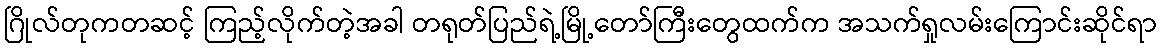
ဂြိုလ်တုကတဆင့် ကြည့်လိုက်တဲ့အခါ တရုတ်ပြည်ရဲ့မြို့တော်ကြီးတွေထက်က အသက်ရှုလမ်းကြောင်းဆိုင်ရာ